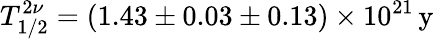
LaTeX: T_{1/2}^{2\nu}=(1.43\pm 0.03\pm 0.13)\times{10^{21}}\, \mathrm{y}